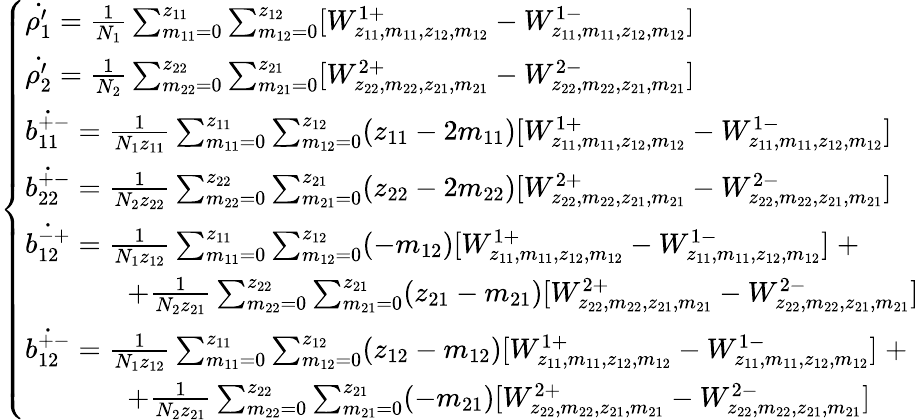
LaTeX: \left\{ \begin{array}{ll}{\dot{\rho_{1}^{\prime}}=\frac{1}{N_{1}}\sum_{m_{11}=0}^{z_{11}}\sum_{m_{12}=0}^{z_{12}}[W_{z_{11},m_{11},z_{12},m_{12}}^{1+}-W_{z_{11},m_{11},z_{12},m_{12}}^{1-}]}\\ {\dot{\rho_{2}^{\prime}}=\frac{1}{N_{2}}\sum_{m_{22}=0}^{z_{22}}\sum_{m_{21}=0}^{z_{21}}[W_{z_{22},m_{22},z_{21},m_{21}}^{2+}-W_{z_{22},m_{22},z_{21},m_{21}}^{2-}]}\\ {\dot{b_{11}^{+-}}=\frac{1}{N_{1}z_{11}}\sum_{m_{11}=0}^{z_{11}}\sum_{m_{12}=0}^{z_{12}}(z_{11}-2m_{11})[W_{z_{11},m_{11},z_{12},m_{12}}^{1+}-W_{z_{11},m_{11},z_{12},m_{12}}^{1-}]}\\ {\dot{b_{22}^{+-}}=\frac{1}{N_{2}z_{22}}\sum_{m_{22}=0}^{z_{22}}\sum_{m_{21}=0}^{z_{21}}(z_{22}-2m_{22})[W_{z_{22},m_{22},z_{21},m_{21}}^{2+}-W_{z_{22},m_{22},z_{21},m_{21}}^{2-}]}\\ {\dot{b_{12}^{-+}}=\frac{1}{N_{1}z_{12}}\sum_{m_{11}=0}^{z_{11}}\sum_{m_{12}=0}^{z_{12}}(-m_{12})[W_{z_{11},m_{11},z_{12},m_{12}}^{1+}-W_{z_{11},m_{11},z_{12},m_{12}}^{1-}]\; +}\\ {\; \; \; \; \; \; \; \; \; \; \; \; \; +\frac{1}{N_{2}z_{21}}\sum_{m_{22}=0}^{z_{22}}\sum_{m_{21}=0}^{z_{21}}(z_{21}-m_{21})[W_{z_{22},m_{22},z_{21},m_{21}}^{2+}-W_{z_{22},m_{22},z_{21},m_{21}}^{2-}]}\\ {\dot{b_{12}^{+-}}=\frac{1}{N_{1}z_{12}}\sum_{m_{11}=0}^{z_{11}}\sum_{m_{12}=0}^{z_{12}}(z_{12}-m_{12})[W_{z_{11},m_{11},z_{12},m_{12}}^{1+}-W_{z_{11},m_{11},z_{12},m_{12}}^{1-}]\; +}\\ {\; \; \; \; \; \; \; \; \; \; \; \; \; +\frac{1}{N_{2}z_{21}}\sum_{m_{22}=0}^{z_{22}}\sum_{m_{21}=0}^{z_{21}}(-m_{21})[W_{z_{22},m_{22},z_{21},m_{21}}^{2+}-W_{z_{22},m_{22},z_{21},m_{21}}^{2-}]}\end{array}\right.